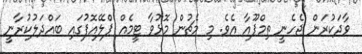
ވާދަކުރަން ޖެހެނީ ތިމްޕޫއާ އެވެ. މި މެޗުން މޮޅުވާ ޓީމެއް ޕްލޭއޮފުގައި ބައްދަލުކުރާނީ